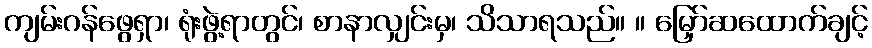
ကျမ်းဂန်ဖွေရှာ၊ ရုံးဖွဲ့ရာတွင်၊ စာနာလျှင်းမှ၊ သိသာရသည်။ ။ မြှော်ဆထောက်ချင့်